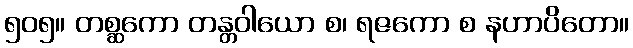
၅၀၅။ တစ္ဆကော တန္တဝါယော စ၊ ရဇကော စ နဟာပိတော။